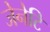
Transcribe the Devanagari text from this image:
जेनेटि